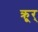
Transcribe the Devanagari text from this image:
क्रूर्